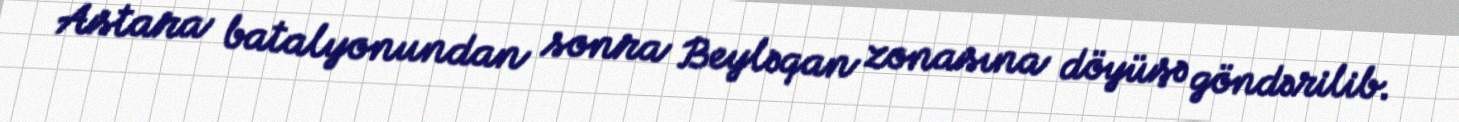
Astara batalyonundan sonra Beyləqan zonasına döyüşə göndərilib.